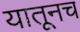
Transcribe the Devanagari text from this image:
यातूनच